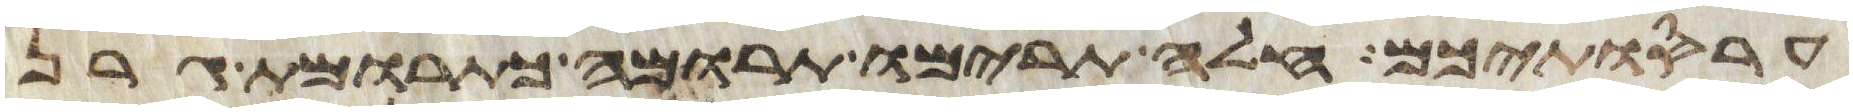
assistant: עריסתיכם חלה תרימו תרומה כתרומת גרן